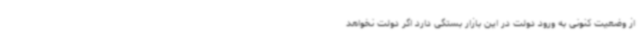
از وضعیت کنونی به ورود دولت در این بازار بستگی دارد اگر دولت نخواهد